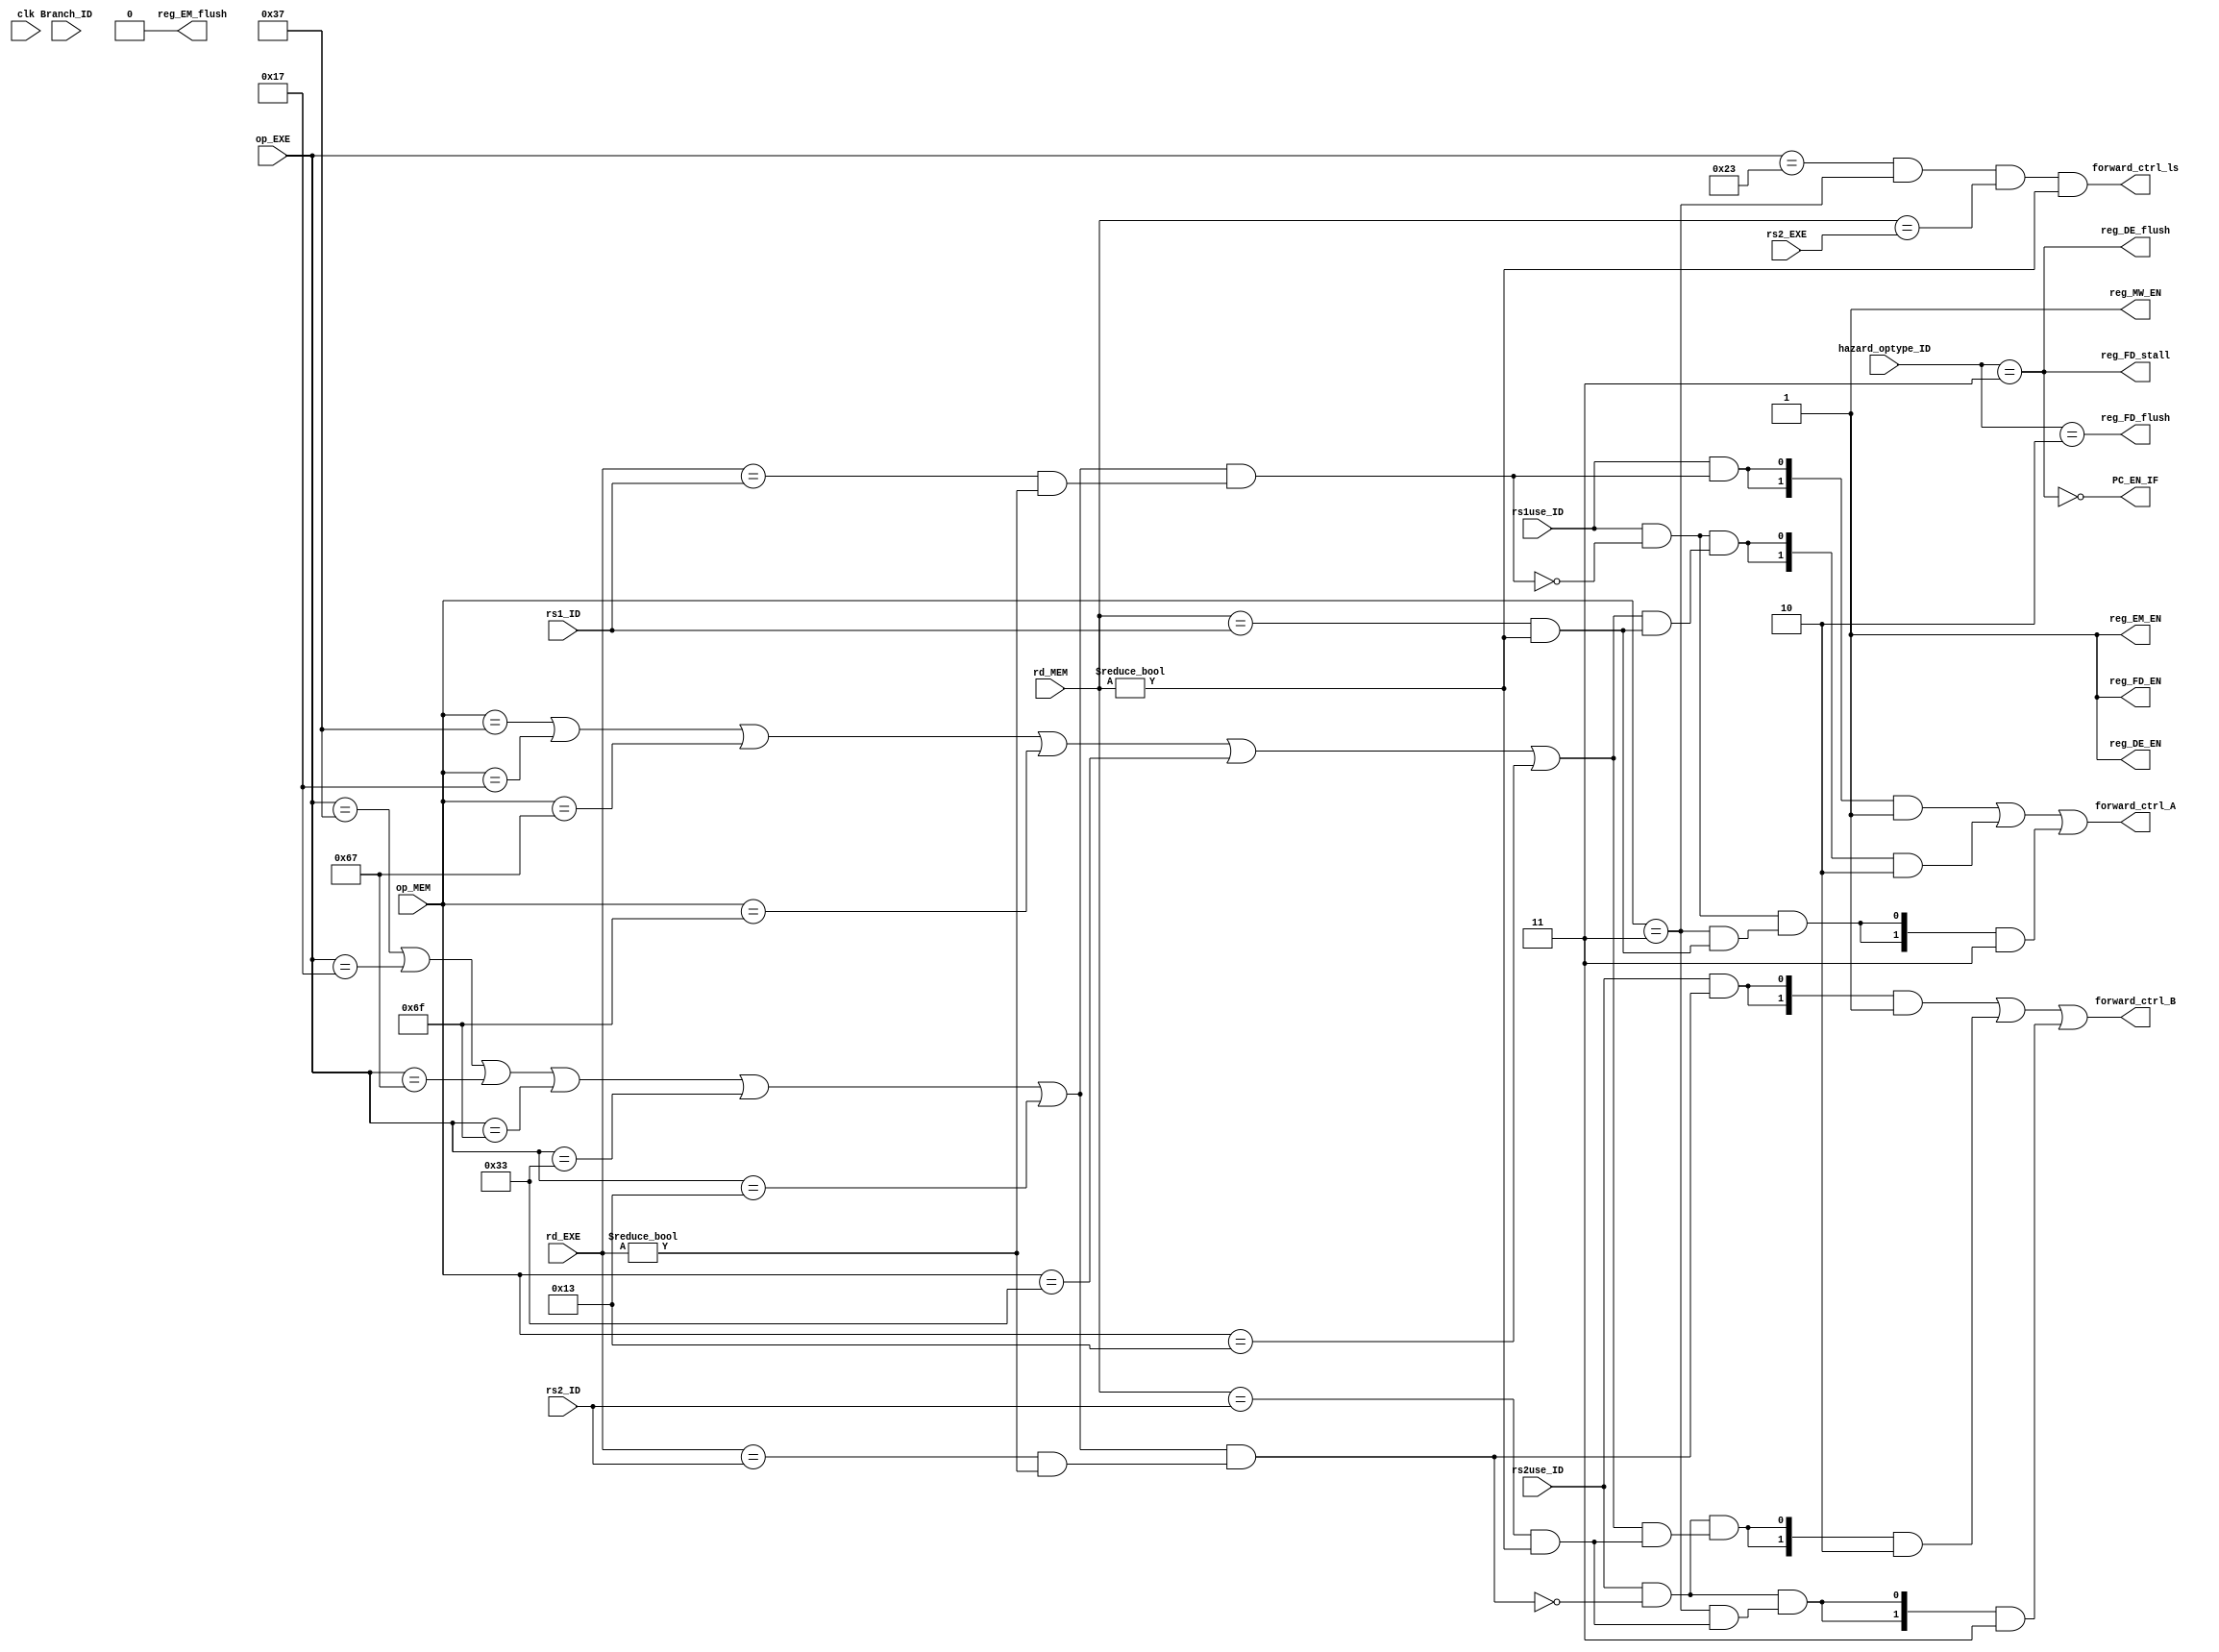
`timescale 1ps/1ps

module HazardDetectionUnit(
    input clk,
    input Branch_ID, rs1use_ID, rs2use_ID,
    input[1:0] hazard_optype_ID,
    input[4:0] rd_EXE, rd_MEM, rs1_ID, rs2_ID, rs2_EXE,
    input [6:0] op_EXE, op_MEM,
    output PC_EN_IF, reg_FD_EN, reg_FD_stall, reg_FD_flush,
        reg_DE_EN, reg_DE_flush, reg_EM_EN, reg_EM_flush, reg_MW_EN,
    output forward_ctrl_ls,
    output[1:0] forward_ctrl_A, forward_ctrl_B
);
            //according to the diagram, design the Hazard Detection Unit
    parameter LUI   = 7'b0110111;
    parameter AUIPC = 7'b0010111;
    parameter JAL   = 7'b1101111;
    parameter JALR  = 7'b1100111;
    parameter Rop   = 7'b0110011;
    parameter Iop   = 7'b0010011;
    parameter Bop   = 7'b1100011;
    parameter Lop   = 7'b0000011;
    parameter Sop   = 7'b0100011;
    wire ALUuse_EXE = (op_EXE == LUI) | (op_EXE == AUIPC) | (op_EXE == JALR) | (op_EXE == JAL) | (op_EXE == Rop) | (op_EXE == Iop);
    wire ALUuse_MEM = (op_MEM == LUI) | (op_MEM == AUIPC) | (op_MEM == JALR) | (op_MEM == JAL) | (op_MEM == Rop) | (op_MEM == Iop);
    wire rs1alu_EXE = ALUuse_EXE & ((rd_EXE == rs1_ID) & (rd_EXE != 0));
    wire rs1alu_MEM = ALUuse_MEM & ((rd_MEM == rs1_ID) & (rd_MEM != 0));
    wire rs1mem = (op_MEM == Lop) & ((rd_MEM == rs1_ID) & (rd_MEM != 0));
    wire rs2alu_EXE = ALUuse_EXE & ((rd_EXE == rs2_ID) & (rd_EXE != 0));
    wire rs2alu_MEM = ALUuse_MEM & ((rd_MEM == rs2_ID) & (rd_MEM != 0));
    wire rs2mem = (op_MEM == Lop) & ((rd_MEM == rs2_ID) & (rd_MEM != 0));
    
    assign forward_ctrl_A = {2{rs1use_ID & rs1alu_EXE}} & 2'b01 |
                            {2{rs1use_ID & ~rs1alu_EXE & rs1alu_MEM}} & 2'b10 |
                            {2{rs1use_ID & ~rs1alu_EXE & rs1mem}} & 2'b11 ;
    assign forward_ctrl_B = {2{rs2use_ID & rs2alu_EXE}}& 2'b01 |
                            {2{rs2use_ID & ~rs2alu_EXE & rs2alu_MEM}} & 2'b10 |
                            {2{rs2use_ID & ~rs2alu_EXE & rs2mem}} & 2'b11 ;
                            
    assign forward_ctrl_ls = (op_EXE == Sop) & (op_MEM == Lop) & (rd_MEM == rs2_EXE) & (rd_MEM != 0);                        
    assign PC_EN_IF = ~(hazard_optype_ID == 2'b11);  // LD - LS : PC_EN <- 0
    assign reg_FD_EN = 1;
    assign reg_DE_EN = 1;
    assign reg_EM_EN = 1;
    assign reg_MW_EN = 1;
    assign reg_FD_flush = hazard_optype_ID == 2'b10; // control hazard : IFID flush
    assign reg_DE_flush = hazard_optype_ID == 2'b11; // LD - LS : IDEX flush
    assign reg_EM_flush = 0;
    assign reg_FD_stall = hazard_optype_ID == 2'b11; // LD - LS IFID stall
endmodule